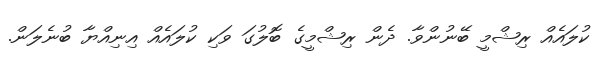
ކުލައެއް ރިޝްމީ ބޭނުންވާ. ދެން ރިޝްމީގެ ބޮލުގަ ވަކި ކުލައެއް އިނިއްޔާ ބުނެލަން.